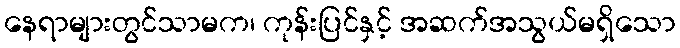
နေရာများတွင်သာမက၊ ကုန်းပြင်နှင့် အဆက်အသွယ်မရှိသော